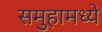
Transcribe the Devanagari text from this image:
समुहामध्ये